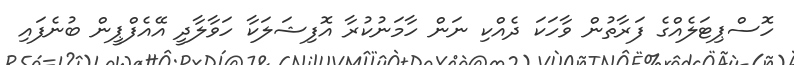
ހޮސްޕިޓަލެއްގެ ފަރާތުން ވާހަކަ ދެއްކި ނަން ހާމަނުކުރާ އޮފިޝަލަކާ ހަވާލާދީ އޭއެފްޕީން ބުނެފައި